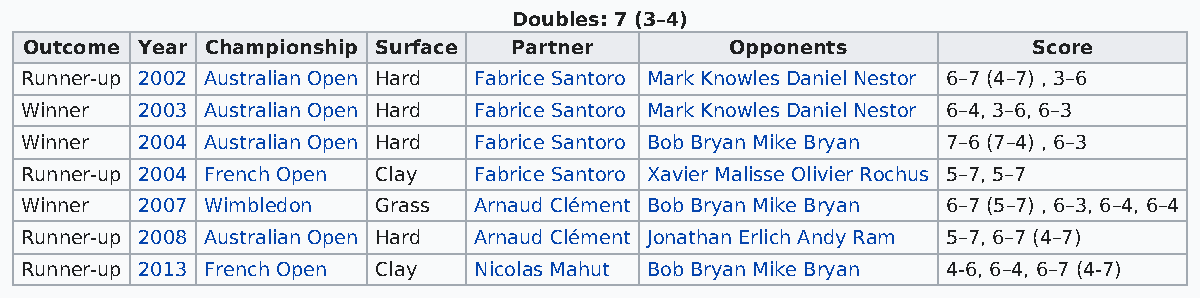
Doubles: 7 (3–4)
 Outcome Year Championship Surface Partner     Opponents           Score
 Runner-up 2002 Australian Open Hard Fabrice Santoro Mark Knowles Daniel Nestor 6–7 (4–7) , 3–6
 Winner  2003 Australian Open Hard Fabrice Santoro Mark Knowles Daniel Nestor 6–4, 3–6, 6–3
 Winner  2004 Australian Open Hard Fabrice Santoro Bob Bryan Mike Bryan 7–6 (7–4) , 6–3
 Runner-up 2004 French Open Clay Fabrice Santoro Xavier Malisse Olivier Rochus 5–7, 5–7
 Winner  2007 Wimbledon  Grass Arnaud Clément Bob Bryan Mike Bryan 6–7 (5–7) , 6–3, 6–4, 6–4
 Runner-up 2008 Australian Open Hard Arnaud Clément Jonathan Erlich Andy Ram 5–7, 6–7 (4–7)
 Runner-up 2013 French Open Clay Nicolas Mahut Bob Bryan Mike Bryan 4-6, 6–4, 6–7 (4-7)